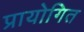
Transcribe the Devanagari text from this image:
प्रायोगित